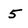
Character: 5